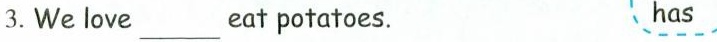
3. We love______eat potatoes. has